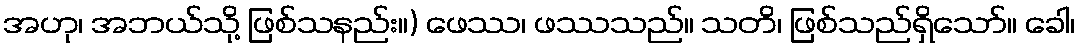
အဟု၊ အဘယ်သို့ ဖြစ်သနည်း။) ဖေဿ၊ ဖဿသည်။ သတိ၊ ဖြစ်သည်ရှိသော်။ ခေါ၊